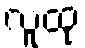
လူထု